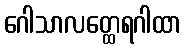
ဂေါသာလတ္ထေရဂါထာ